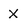
Character: X